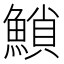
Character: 𩹳